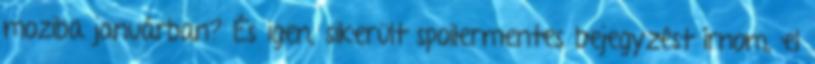
moziba januárban? És igen, sikerült spoilermentes bejegyzést írnom, el